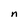
Character: n